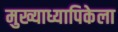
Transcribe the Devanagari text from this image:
मुख्याध्यापिकेला